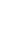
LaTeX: \! \! \! \! \! \! \! \! \! \! \! \Phi\! \! \! \! \! \! \! \! \! \! \! \! ^{i}\! \! \! \! \! \! \! \! \! \! \! \! _{\! }\! \! \! \! \! \! \! \! \! \! \! *\! \! \! \! \! \! \! \! \! \! \! \! \ensuremath{\mathcal{Z}}\! \! \! \! \! \! \! \! \! \! \! \! _{\! }\! \! \! \! \! \! \! \! \! \! \! \varepsilon\! \! \! \! \! \! \! \! \! \! \! \! :D\! \! \! \! \! \! \! \! \! \! \! \! ^{i}\! \! \! \! \! \! \! \! \! \! \! \! \to\! \! \! \! \! \! \! \! \! \! \! \! \mathbb{R}\! \! \! \! \! \! \! \! \! \! \! \! ^{\! }\! \! \! \! \! \! \! \! \! \! \! 2\! \! \! \! \! \! \! \! \! \! \!